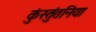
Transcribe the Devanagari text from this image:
कुंस्तुंतनिया